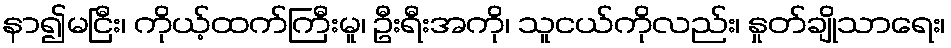
နာ၍မငြီး၊ ကိုယ့်ထက်ကြီးမူ၊ ဦးရီးအကို၊ သူငယ်ကိုလည်း၊ နှုတ်ချိုသာရေး၊